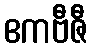
ဧကဗီဇီ